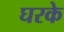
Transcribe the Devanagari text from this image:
घरके